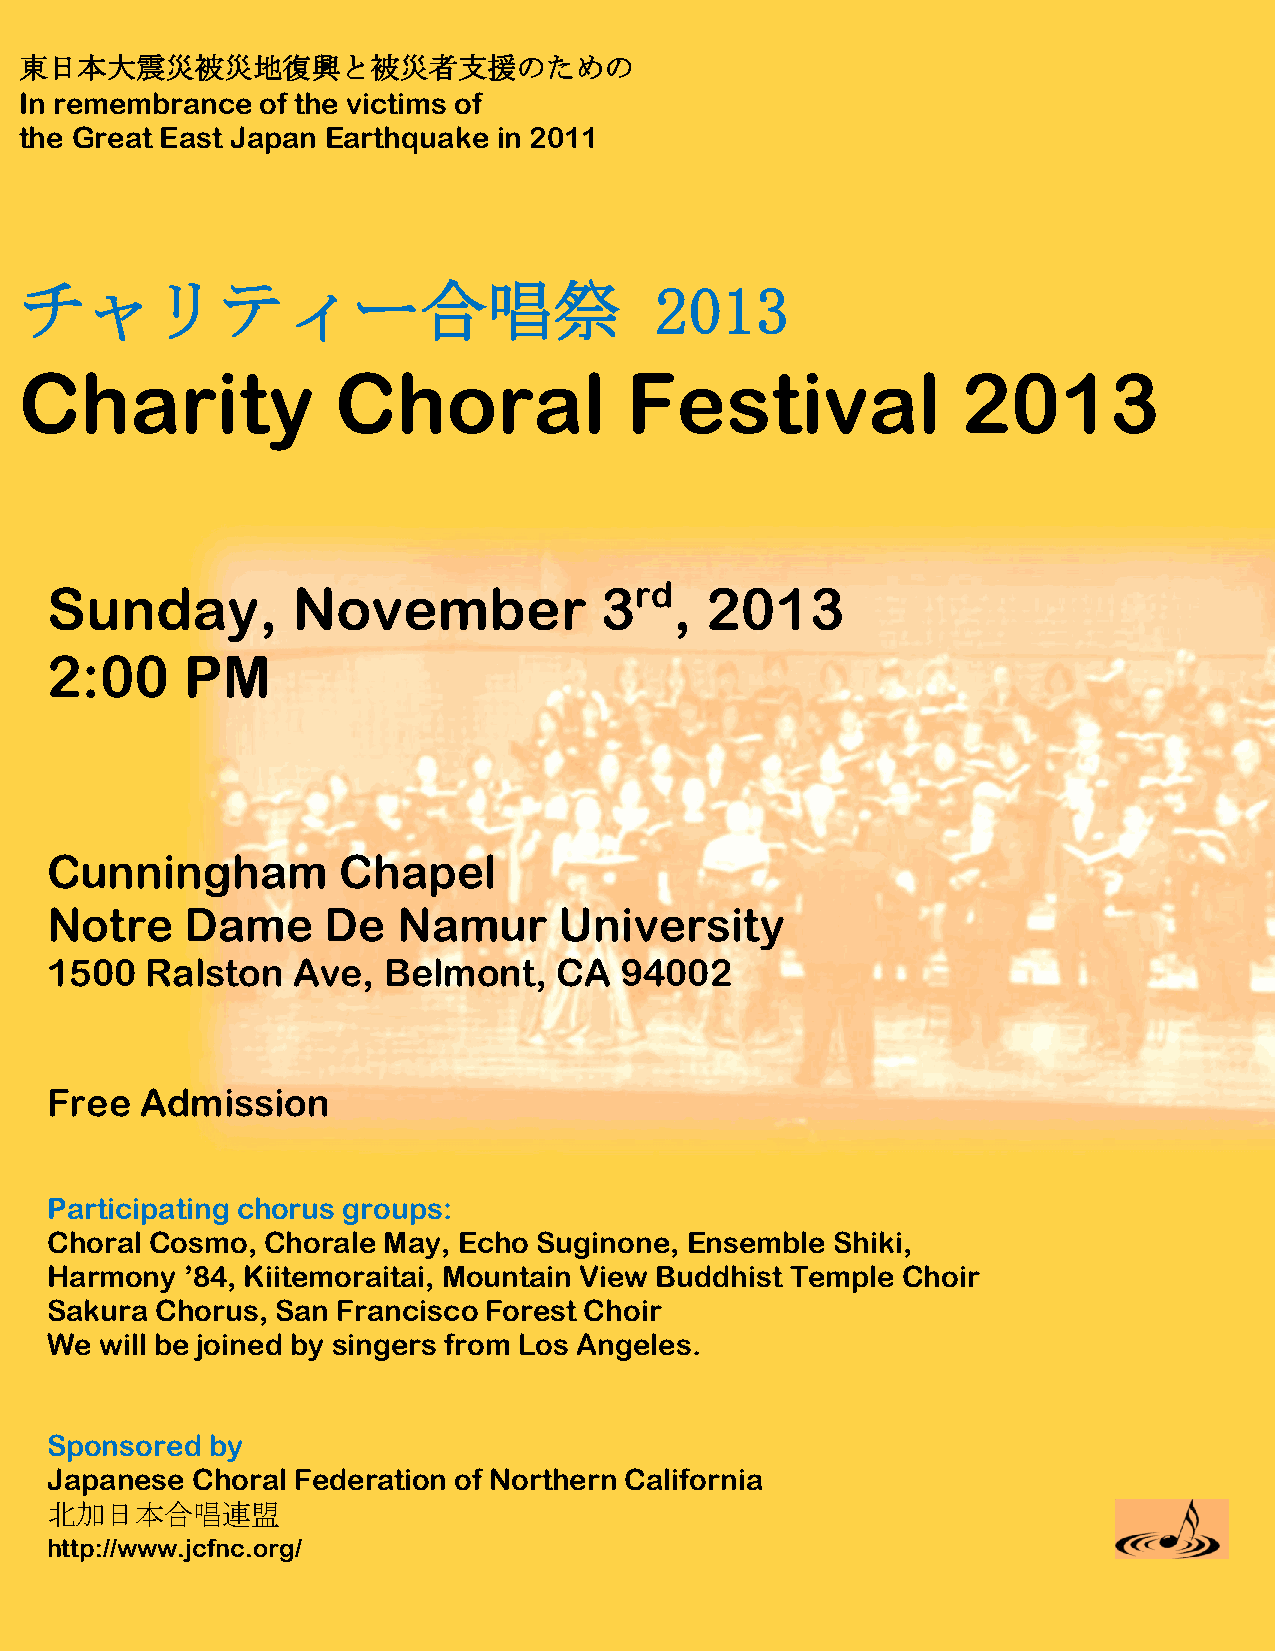
東日本大震災被災地復興と被災者支援のための
 In remembrance  of the victims of
 the Great East Japan Earthquake in 2011
 チャリティー合唱祭                                 2013
 Charity              Choral             Festival               2013
 Sunday,         November             3rd,   2013
 2:00     PM
 Cunningham         Chapel
 Notre    Dame      De  Namur      University
 1500   Ralston  Ave,  Belmont,    CA  94002
 Free  Admission
 Participating chorus groups:
 Choral Cosmo, Chorale May, Echo  Suginone, Ensemble Shiki,
 Harmony  ’84, Kiitemoraitai, Mountain View Buddhist Temple Choir
 Sakura Chorus, San Francisco Forest Choir
 We  will be joined by singers from Los Angeles.
 Sponsored  by
 Japanese  Choral Federation of Northern California
 北加日本合唱連盟
 http://www.jcfnc.org/